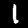
Digit: 1